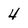
Character: 4